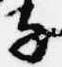
子